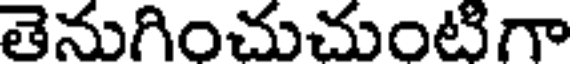
తెనుగించుచుంటిగా